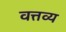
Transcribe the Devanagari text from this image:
वत्तव्य